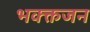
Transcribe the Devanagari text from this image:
भक्क्तजन